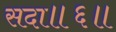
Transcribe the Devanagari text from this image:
सदा॥६॥